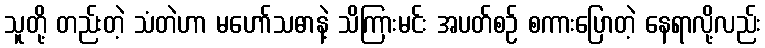
သူတို့ တည်းတဲ့ သံတဲဟာ မဟော်သဓာနဲ့ သိကြားမင်း အပတ်စဉ် စကားပြောတဲ့ နေရာလို့လည်း